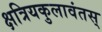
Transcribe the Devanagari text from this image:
क्षत्रियकुलावंतस्